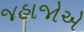
જહાજોએ